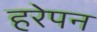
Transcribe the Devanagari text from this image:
हरेपन